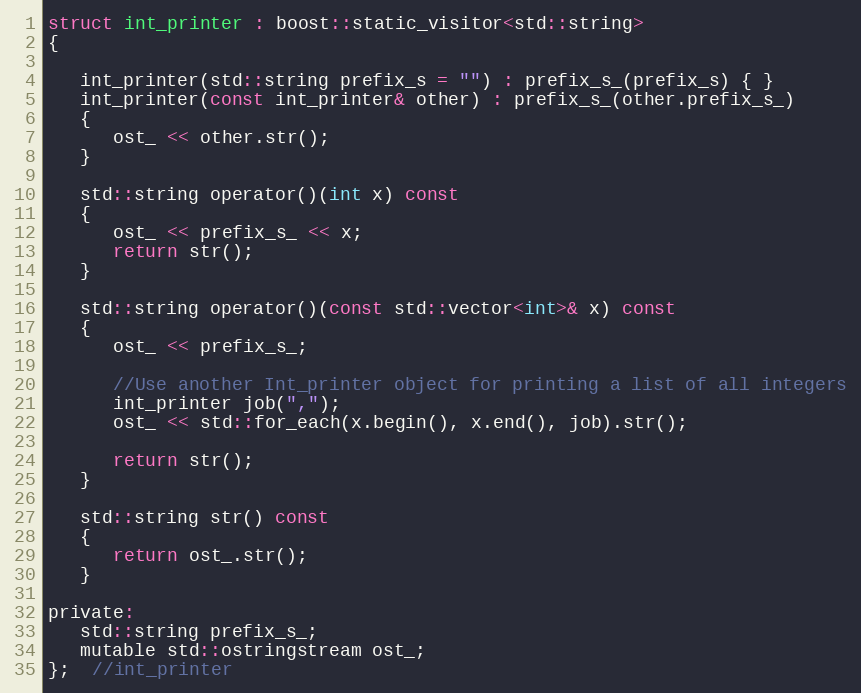
Language: C
struct int_printer : boost::static_visitor<std::string>
{

   int_printer(std::string prefix_s = "") : prefix_s_(prefix_s) { }
   int_printer(const int_printer& other) : prefix_s_(other.prefix_s_)
   {
      ost_ << other.str();
   }

   std::string operator()(int x) const
   {
      ost_ << prefix_s_ << x;
      return str();
   }

   std::string operator()(const std::vector<int>& x) const
   {
      ost_ << prefix_s_;

      //Use another Int_printer object for printing a list of all integers
      int_printer job(",");
      ost_ << std::for_each(x.begin(), x.end(), job).str();

      return str();
   }

   std::string str() const
   {
      return ost_.str();
   }

private:
   std::string prefix_s_;
   mutable std::ostringstream ost_;
};  //int_printer